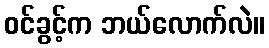
ဝင်ခွင့်က ဘယ်လောက်လဲ။